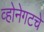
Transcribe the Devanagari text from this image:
व्होनेगटचे